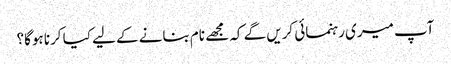
آپ میری رہنمائی کریں گے کہ مجھے نام بنانے کے لیے کیا کرنا ہوگا؟